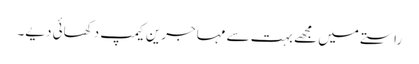
راستے میں مجھے بہت سے مہاجرین کیمپ دکھائی دیے۔